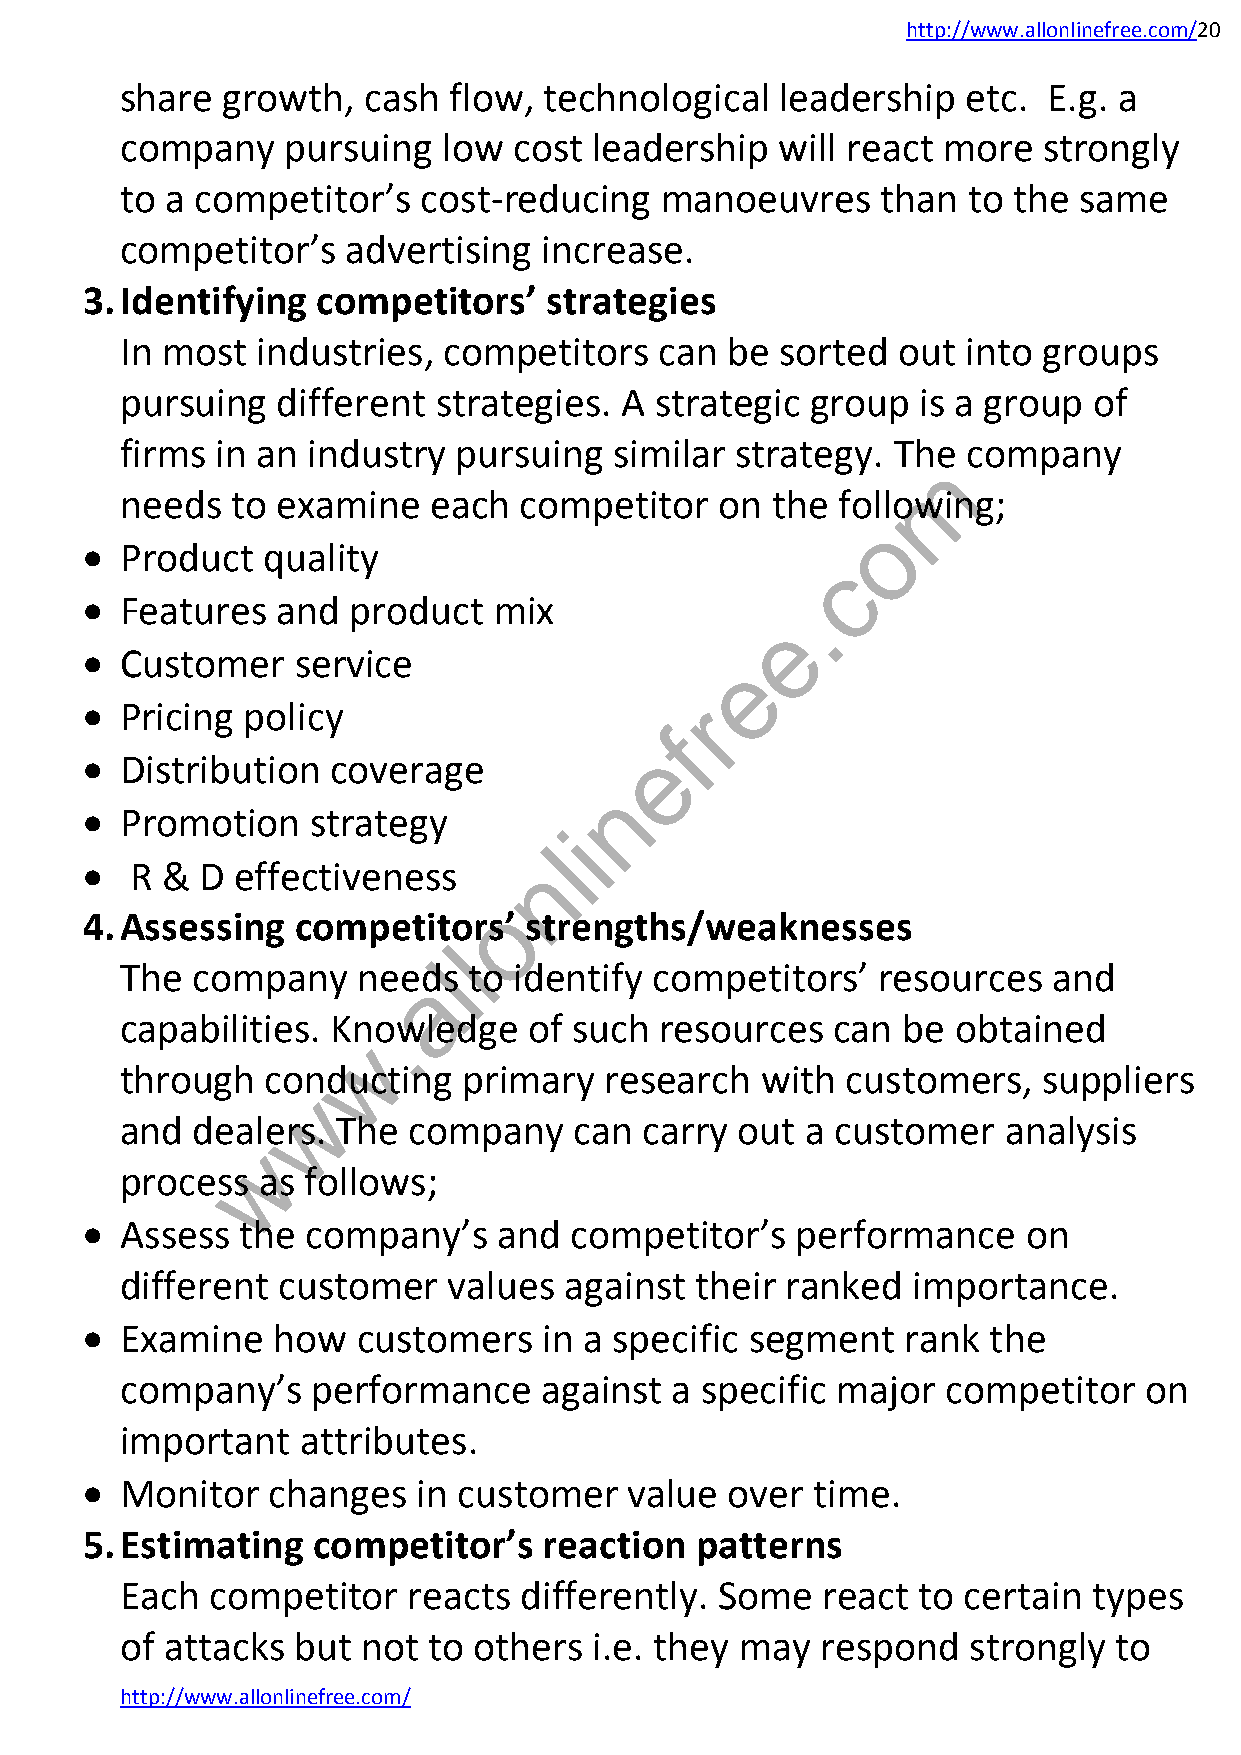
http://www.allonlinefree.com/20
 share  growth,  cash  flow, technological   leadership  etc. E.g. a
 company    pursuing  low  cost leadership   will react more  strongly
 to a competitor’s   cost-reducing   manoeuvres    than  to the same
 competitor’s   advertising  increase.
 3. Identifying  competitors’   strategies
 In most  industries, competitors    can be  sorted out  into groups
 pursuing  different  strategies. A strategic  group  is a group of
 firms in an industry  pursuing   similar strategy. The  company
 m
 needs  to examine   each  competitor    on the following;
 o
   Product  quality
 c
   Features  and  product   mix                .
 e
   Customer   service                      e
   Pricing policy                        r
 f
 e
   Distribution  coverage
 n
   Promotion    strategy
 i
 l
    R & D  effectiveness      n
 o
 4. Assessing   competitors’   strengths/weaknesses
 l
 l
 The  company    needs  to identify competitors’   resources   and
 a
 capabilities. Kn.owledge   of such  resources  can  be obtained
 w
 through   conducting   primary  research  with  customers,   suppliers
 w
 and  dealers. The  company    can  carry out a customer   analysis
 w
 process  as follows;
   Assess  the company’s    and  competitor’s   performance    on
 different customer    values against  their ranked  importance.
   Examine   how   customers   in a specific segment   rank the
 company’s    performance    against a specific major   competitor   on
 important   attributes.
   Monitor   changes   in customer   value over  time.
 5. Estimating   competitor’s   reaction  patterns
 Each  competitor   reacts differently.  Some  react  to certain types
 of attacks but  not to others  i.e. they may  respond   strongly  to
 http://www.allonlinefree.com/